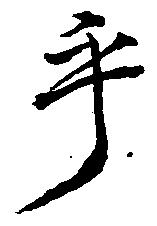
乎